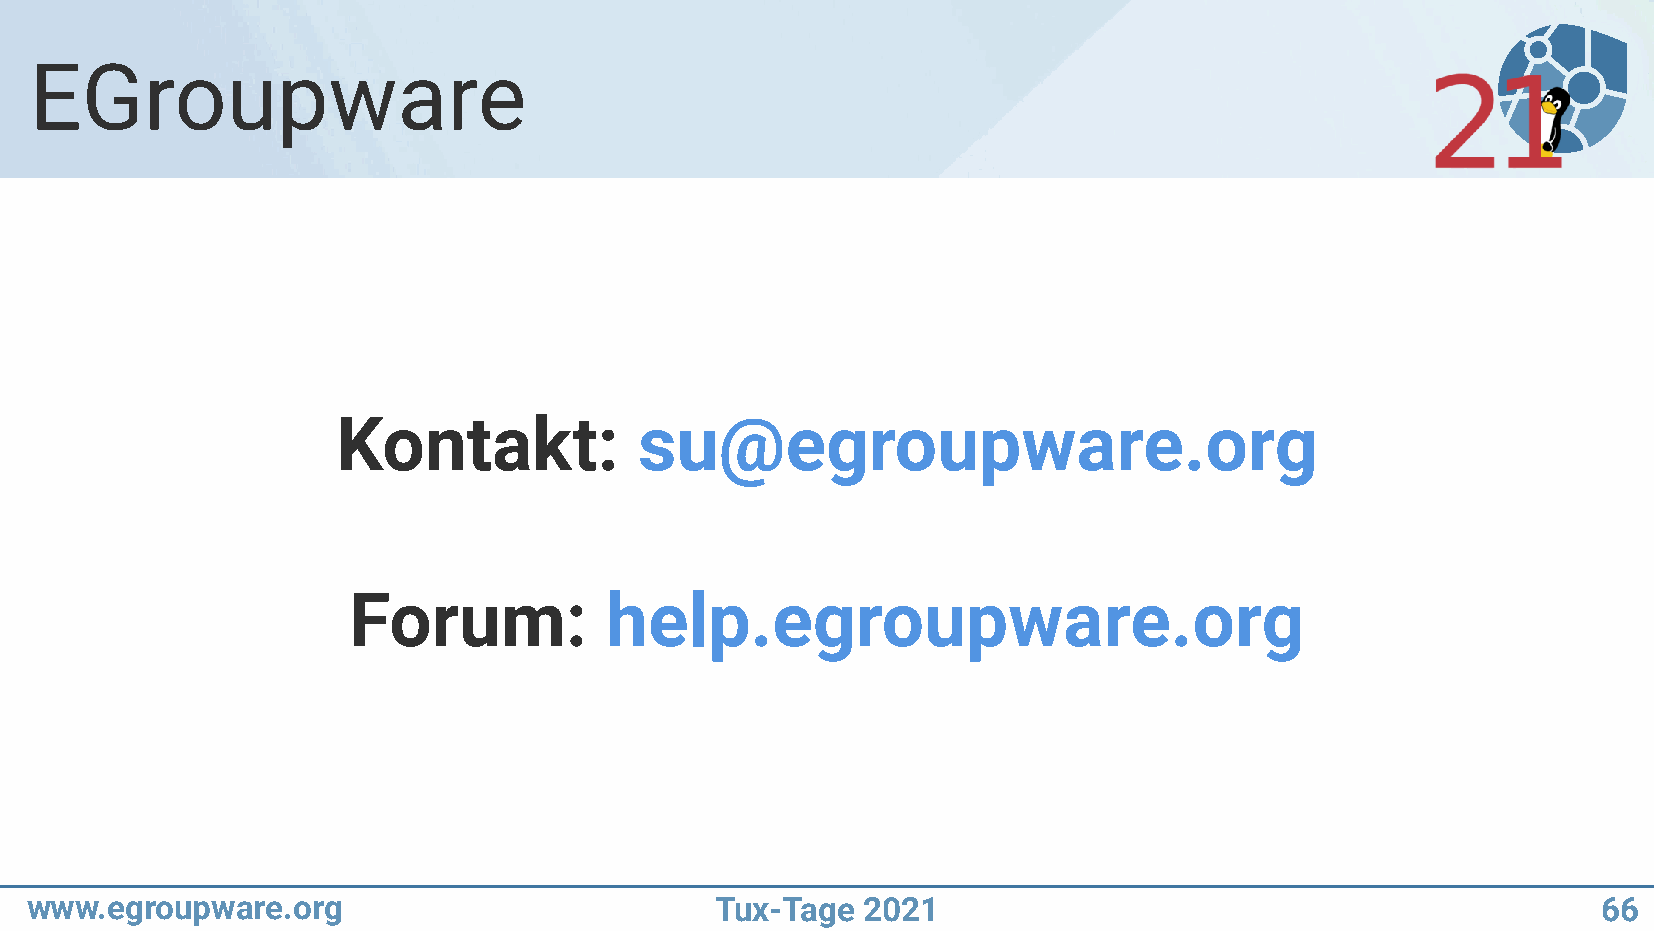
EGroupware
 Kontakt:            su@egroupware.org
 Forum:           help.egroupware.org
 www.egroupware.org                           Tux-Tage  2021                                             66